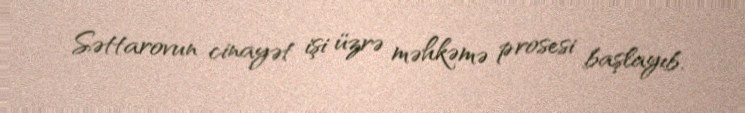
Səttarovun cinayət işi üzrə məhkəmə prosesi başlayıb.